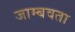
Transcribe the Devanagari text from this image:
जाम्बवता